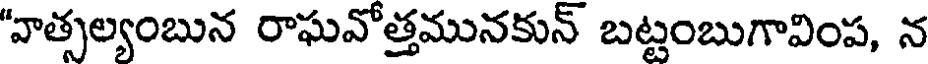
"వాత్సల్యంబున రాఘవోత్తమునకున్ బట్టంబుగావింప, న